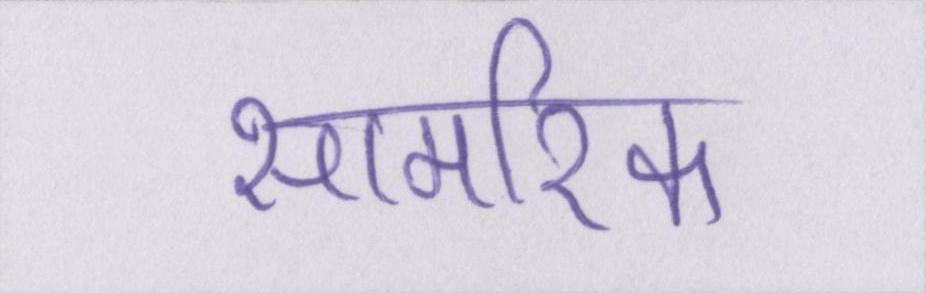
सामरिक